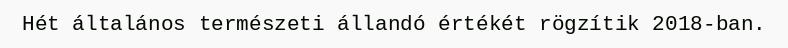
Hét általános természeti állandó értékét rögzítik 2018-ban.